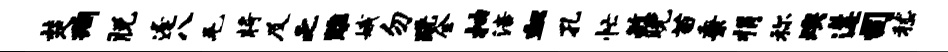
楚洵脱逢八毛将及乏雕娥勿跣全抽涪血孔忙毓晚苗秉捐称燠遘司嵇